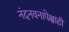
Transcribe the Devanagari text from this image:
नंदनवनापेक्षाही